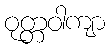
ဝုတ္တဝါကျာ